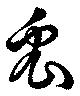
兎